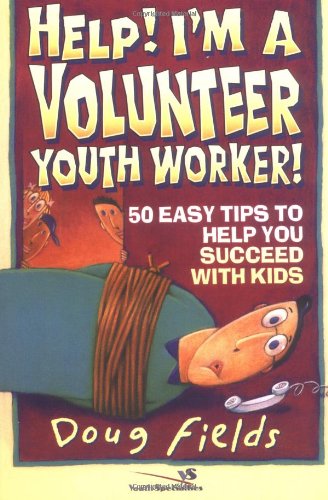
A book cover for Help! I'm a Volunteer Youth Worker; Doug Fields; Religion & Spirituality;